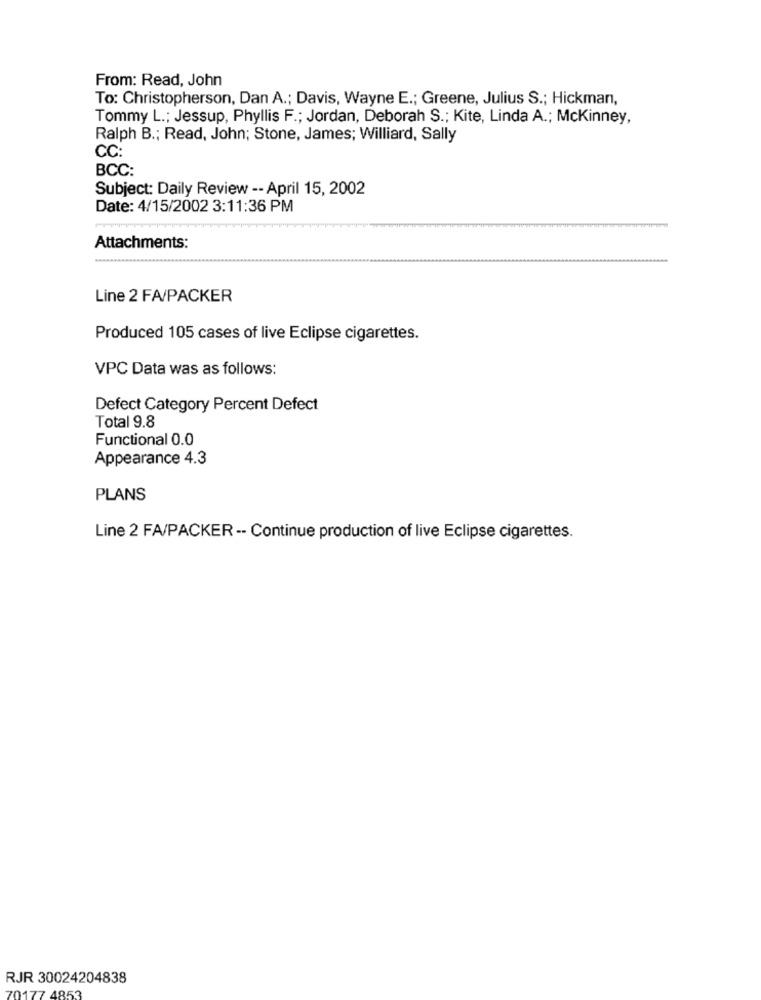
From: Read, John
To: Christopherson, Dan A .; Davis, Wayne E .; Greene, Julius S .; Hickman,
Tommy L .; Jessup, Phyllis F .; Jordan, Deborah S .; Kite, Linda A .; Mckinney,
Ralph B .; Read, John; Stone, James; Williard, Sally
CC:
BCC:
Subject: Daily Review -- April 15, 2002
Date: 4/15/2002 3:11:36 PM
Attachments:
Line 2 FA/PACKER
Produced 105 cases of live Eclipse cigarettes.
VPC Data was as follows:
Defect Category Percent Defect
Total 9.8
Functional 0.0
Appearance 4.3
PLANS
Line 2 FA/PACKER -- Continue production of live Eclipse cigarettes.
RJR 30024204838
4853